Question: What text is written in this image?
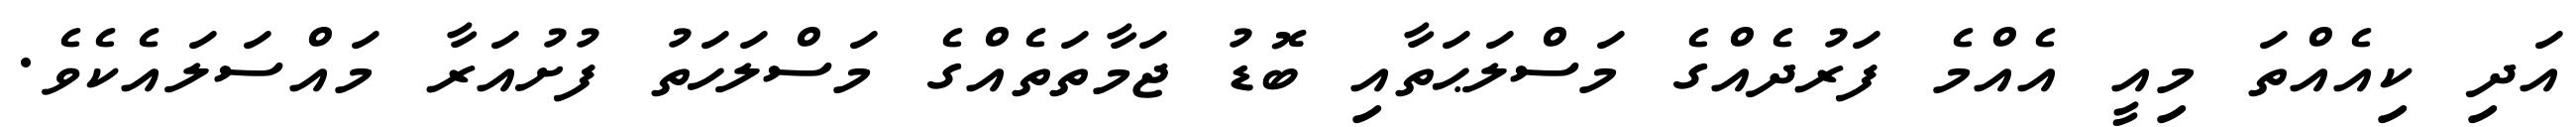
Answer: އަދި ކިއެއްތަ މިއީ އެއްމެ ފަރުދެއްގެ މަސްލަޙަތާއި ބޮޑު ޖަމާތަތެއްގެ މަސްލަހަތު ފުށުއަރާ މައްސަލައެކެވެ.